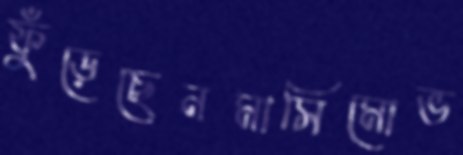
ফুঁড়েছেনমাসিমোভ